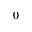
0